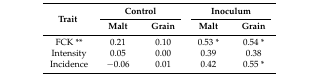
| <ROWSPAN=2> Trait | <COLSPAN=2> Control | <COLSPAN=2> Inoculum |
 | Malt | Grain | Malt | Grain |
 | --- | --- | --- | --- | --- |
 | FCK ** | 0.21 | 0.10 | 0.53 * | 0.54 * |
 | Intensity | 0.05 | 0.00 | 0.39 | 0.38 |
 | Incidence | −0.06 | 0.01 | 0.42 | 0.55 * |